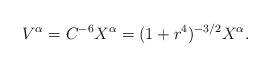
LaTeX: \begin{align*}V^\alpha=C^{-6} X^\alpha=(1+r^4)^{- 3/2}X^\alpha.\end{align*}